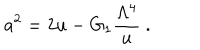
a ^ { 2 } = 2 u - G _ { 1 } { \frac { \Lambda ^ { 4 } } { u } } \ .